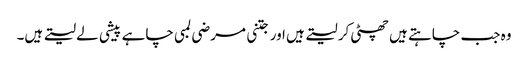
وہ جب چاہتے ہیں چھٹی کر لیتے ہیں اور جتنی مرضی لمبی چاہے پیشی لے لیتے ہیں۔